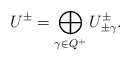
\begin{align*}U^\pm=\bigoplus_{\gamma\in Q^+}U^{\pm}_{\pm\gamma}.\end{align*}